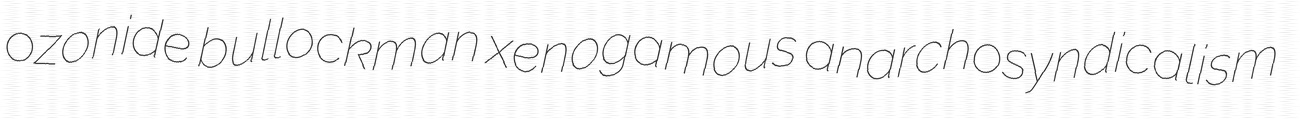
ozonide bullockman xenogamous anarchosyndicalism